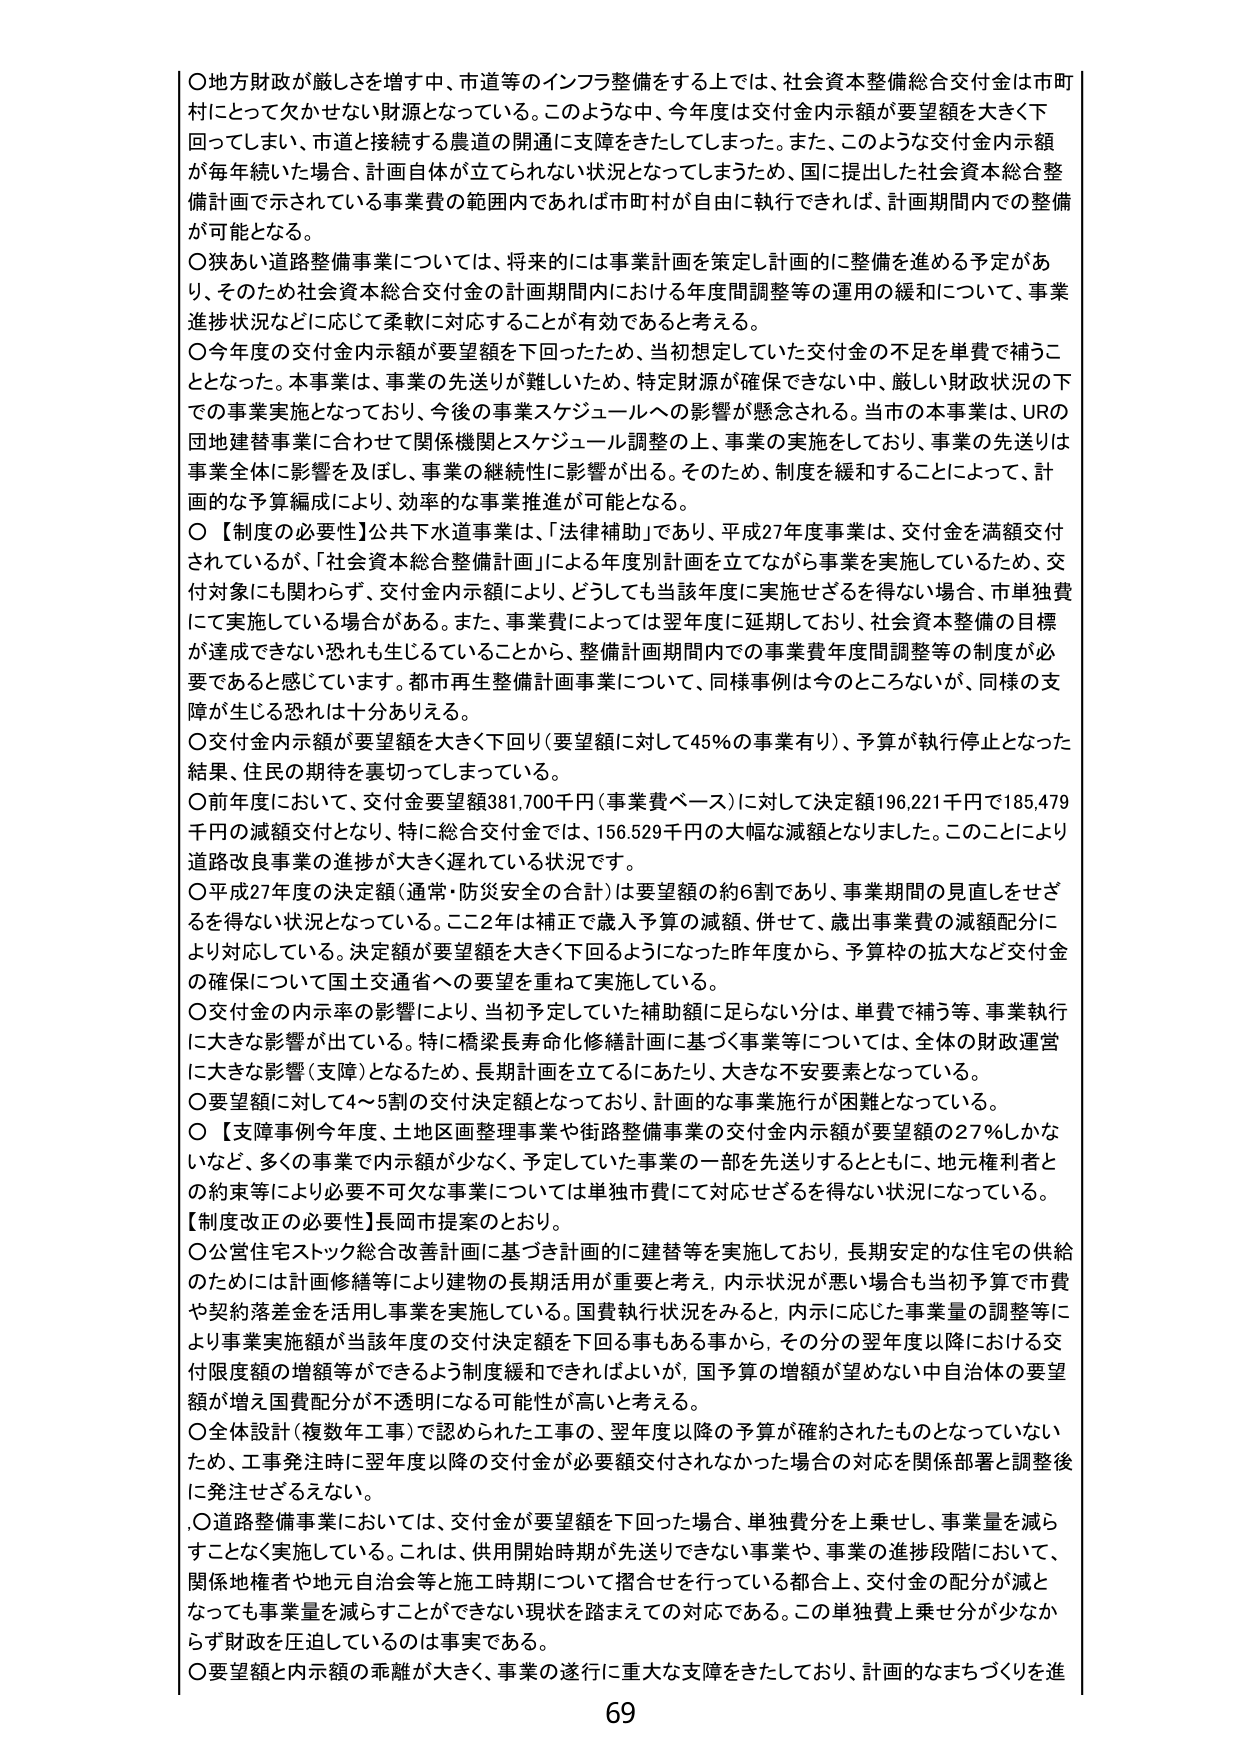
〇地方財政が厳しさを増す中、市道等のインフラ整備をする上では、社会資本整備総合交付金は市町村にとって欠かせない財源となっている。このような中、今年度は交付金内示額が要望額を大きく下回ってしまい、市道と接続する農道の開通に支障をきたしてしまった。また、このような交付金内示額が毎年続いた場合、計画自体が立てられない状況となってしまうため、国に提出した社会資本総合整備計画で示されている事業費の範囲内であれば市町村が自由に執行できれば、計画期間内での整備が可能となる。

〇狭あい道路整備事業については、将来的には事業計画を策定し計画的に整備を進める予定があり、そのため社会資本総合交付金の計画期間内における年度間調整等の運用の緩和について、事業進捗状況などに応じて柔軟に対応することが有効であると考える。

〇今年度の交付金内示額が要望額を下回ったため、当初想定していた交付金の不足を単費で補うこととなった。本事業は、事業の先送りが難しいため、特定財源が確保できない中、厳しい財政状況の下での事業実施となっており、今後の事業スケジュールへの影響が懸念される。当市の本事業は、URの団地建替事業に合わせて関係機関とスケジュール調整の上、事業の実施をしており、事業の先送りは事業全体に影響を及ぼし、事業の継続性に影響が出る。そのため、制度を緩和することによって、計画的な予算編成により、効率的な事業推進が可能となる。

〇【制度の必要性】公共下水道事業は、「法律補助」であり、平成27年度事業は、交付金を満額交付されているが、「社会資本総合整備計画」による年度別計画を立てながら事業を実施しているため、交付対象にも関わらず、交付金内示額により、どうしても当該年度に実施せざるを得ない場合、市単独費にて実施している場合がある。また、事業費によっては翌年度に延期しており、社会資本整備の目標が達成できない恐れも生じていることから、整備計画期間内での事業費年度間調整等の制度が必要であると感じています。都市再生整備計画事業について、同様事例は今のところないが、同様の支障が生じる恐れは十分ありえる。

〇交付金内示額が要望額を大きく下回り（要望額に対して45％の事業有り）、予算が執行停止となった結果、住民の期待を裏切ってしまっている。

〇前年度において、交付金要望額381,700千円（事業費ベース）に対して決定額196,221千円で185,479千円の減額交付となり、特に総合交付金では、156,529千円の大幅な減額となりました。このことにより道路改良事業の進捗が大きく遅れている状況です。

〇平成27年度の決定額（通常・防災安全の合計）は要望額の約6割であり、事業期間の見直しをせざるを得ない状況となっている。ここ2年は補正で歳入予算の減額、併せて、歳出事業費の減額配分により対応している。決定額が要望額を大きく下回るようになった昨年度から、予算枠の拡大など交付金の確保について国土交通省への要望を重ねて実施している。

〇交付金の内示率の影響により、当初予定していた補助額に足らない分は、単費で補う等、事業執行に大きな影響が出ている。特に橋梁長寿命化修繕計画に基づく事業等については、全体の財政運営に大きな影響（支障）となるため、長期計画を立てるにあたり、大きな不安要素となっている。

〇要望額に対して4～5割の交付決定額となっており、計画的な事業施行が困難となっている。

〇【支障事例】今年度、土地区画整理事業や街路整備事業の交付金内示額が要望額の27％しかなく、多くの事業で内示額が少なく、予定していた事業の一部を先送りするとともに、地元権利者との約束等により必要不可欠な事業については単独市費にて対応せざるを得ない状況になっている。

【制度改正の必要性】長岡市提案のとおり。

〇公営住宅ストック総合改善計画に基づき計画的に建替等を実施しており、長期安定的な住宅の供給のためには計画修繕等により建物の長期活用が重要と考え、内示状況が悪い場合も当初予算で市費や契約落差金を活用し事業を実施している。国費執行状況をみると、内示に応じた事業量の調整等により事業実施額が当該年度の交付決定額を下回る事もある事から、その分の翌年度以降における交付限度額の増額等ができるよう制度緩和できればよいが、国予算の増額が望めない中自治体の要望額が増え国費配分が不透明になる可能性が高いと考える。

〇全体設計（複数年工事）で認められた工事の、翌年度以降の予算が確約されたものとなっていないため、工事発注時に翌年度以降の交付金が必要額交付されなかった場合の対応を関係部署と調整後に発注せざるえない。

〇道路整備事業においては、交付金が要望額を下回った場合、単独費分を上乗せし、事業量を減らすことなく実施している。これは、供用開始時期が先送りできない事業や、事業の進捗段階において、関係地権者や地元自治会等と施工時期について摺合せを行っている都合上、交付金の配分が減となっても事業量を減らすことができない現状を踏まえての対応である。この単独費上乗せ分が少なからず財政を圧迫しているのは事実である。

〇要望額と内示額の乖離が大きく、事業の遂行に重大な支障をきたしており、計画的なまちづくりを進

69